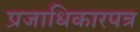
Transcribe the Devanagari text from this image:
प्रजाधिकारपत्र